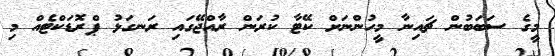
މީގެ ސަބަބުން ޗައިނާ މީހުންނަށް ކޭޓާ ކުރަން ރާއްޖޭގައި ރަނގަޅު ޕްރޮޑަކްޓެއް މި